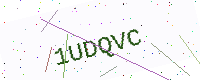
Text: 1UDQVC